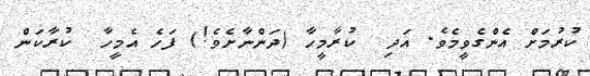
ކުރުމަށް އެންގެވީމެވެ. އަދި  ކުރާމީހާ (ދަންނާށެވެ!) ފަހެ އެމީހާ  ކުރާކަން